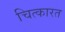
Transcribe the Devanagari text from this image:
चित्कारत